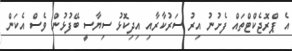
އެ ޕްރޮޖެކްޓްތައް ފެށުނު އިރު ސަރުކާރާއި އިދިކޮޅު ސިޔާސީ ބޭފުޅުން ވެސް އެކަން